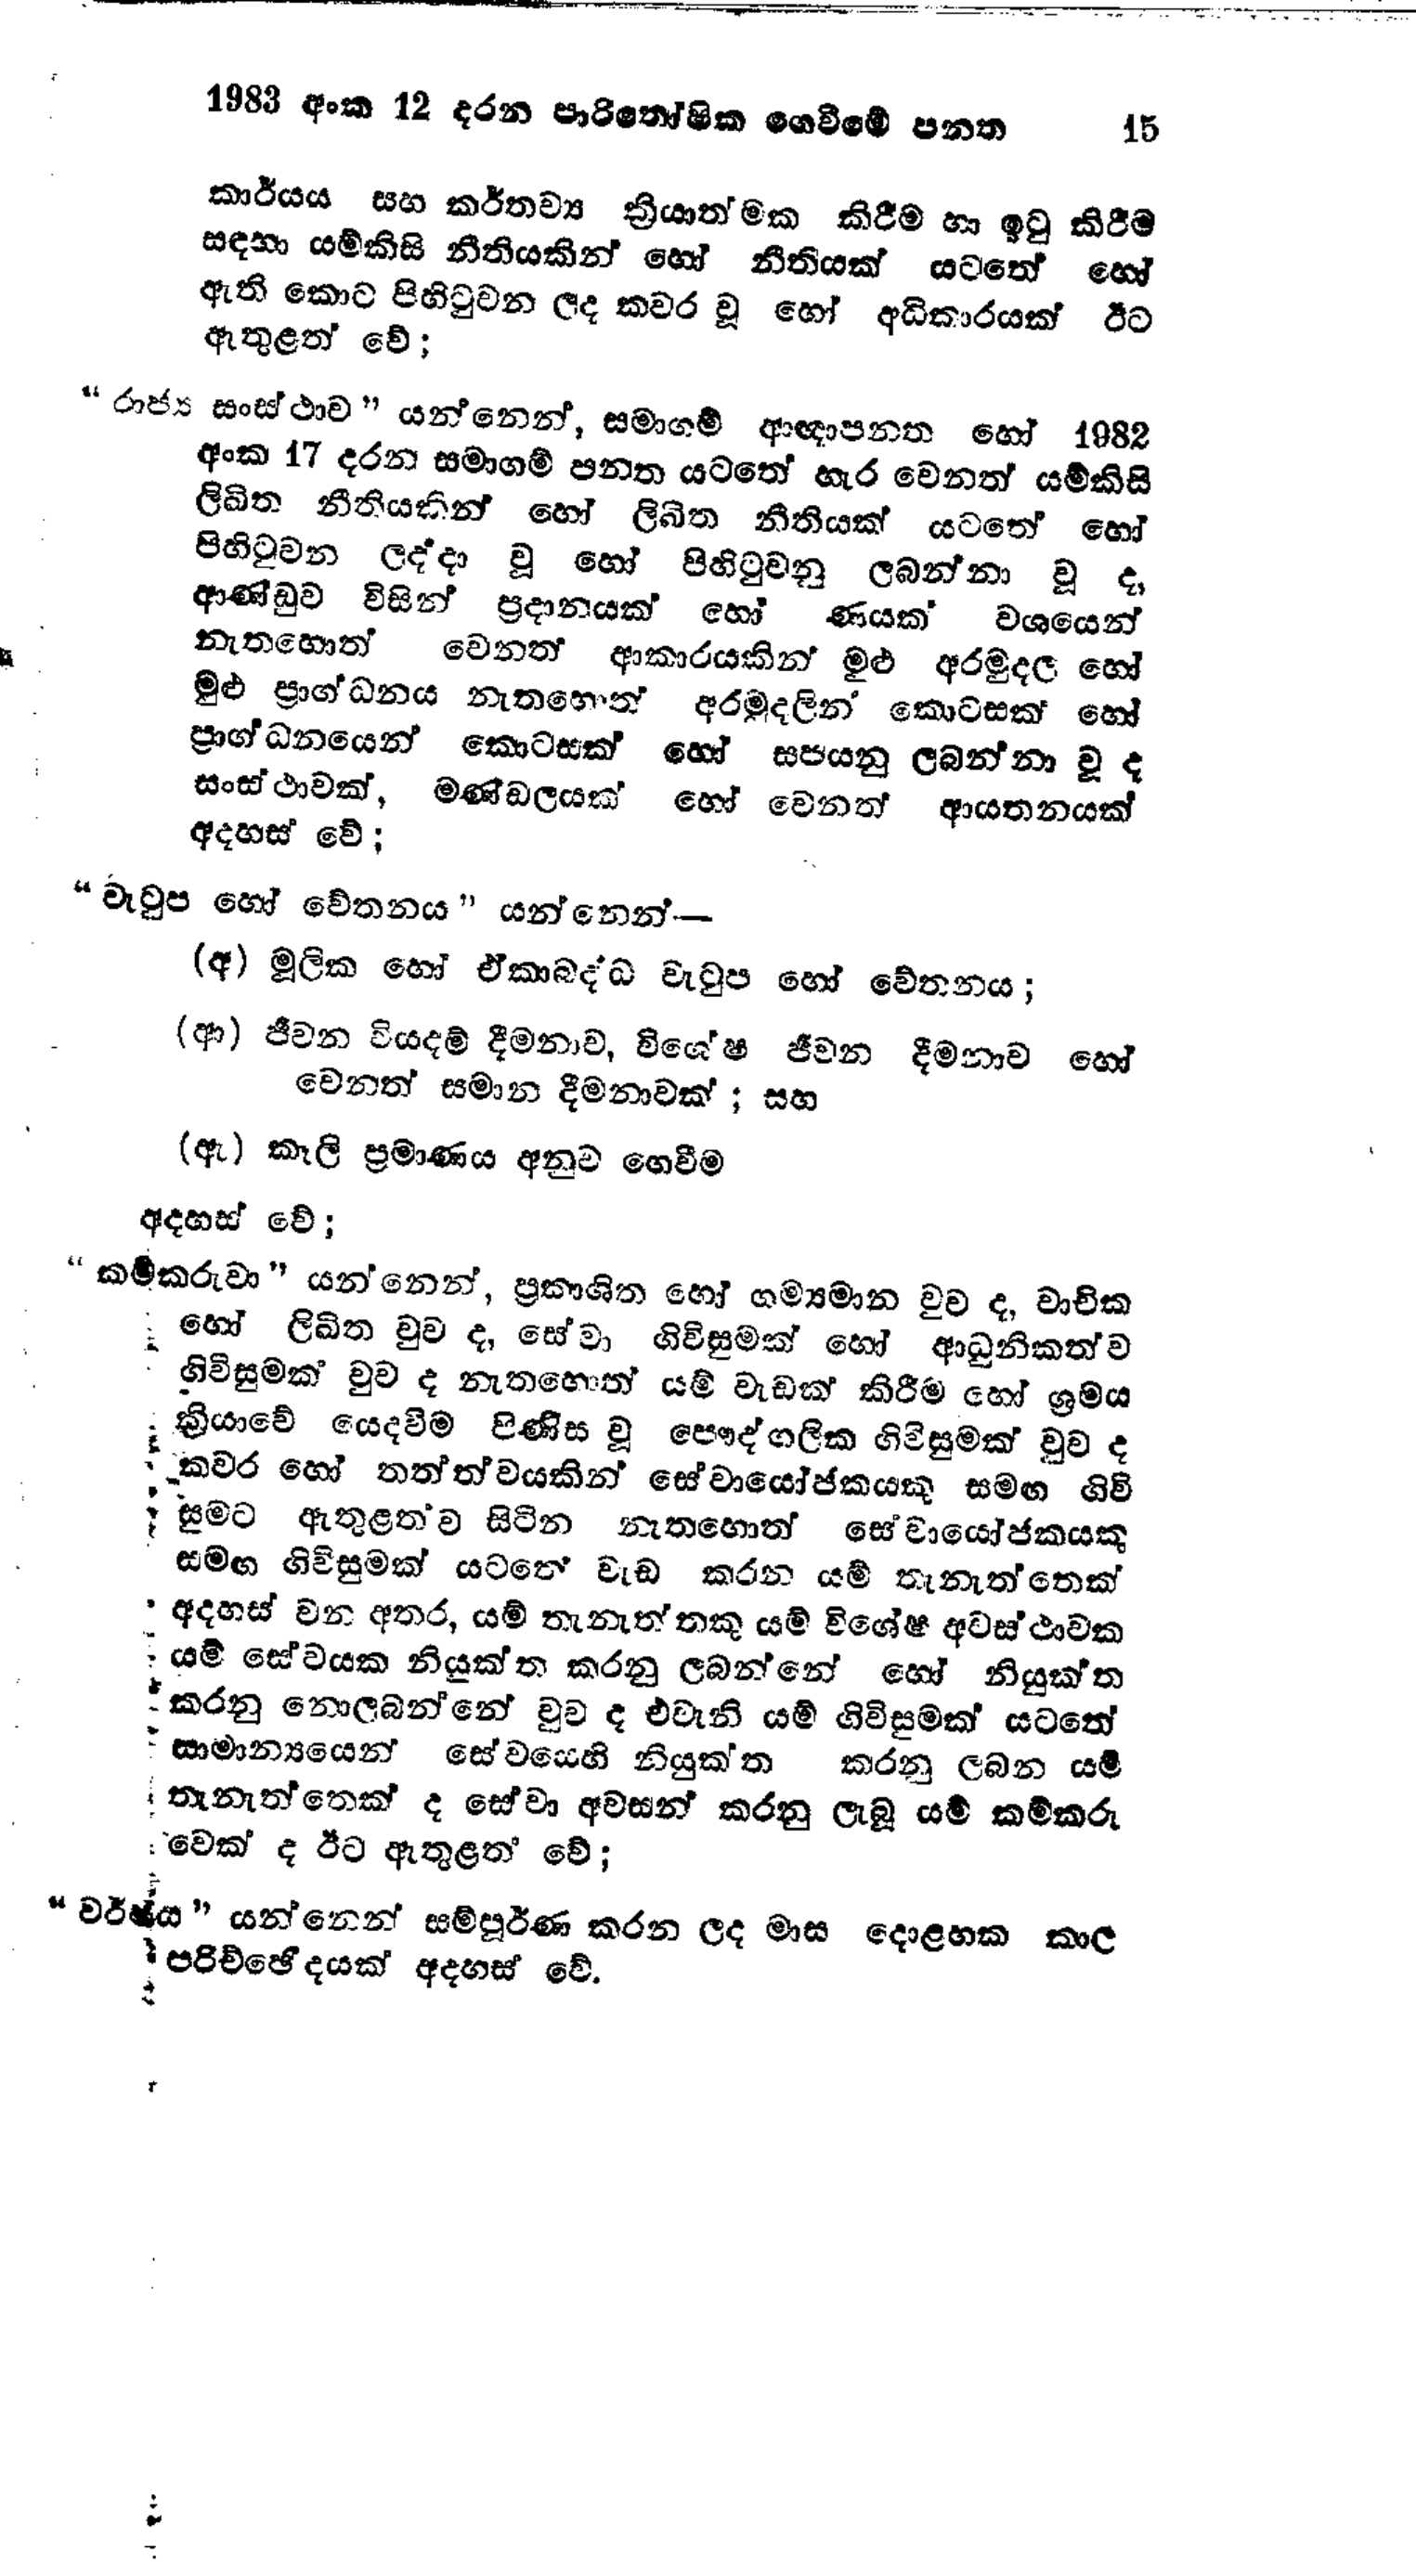
1983 අංක 12 දරන පාරිතෝෂික ගෙවීමේ පනත 15

කාර්යය සහ කර්තව්‍ය ක්‍රියාත්මක කිරීම හා ඉටු කිරීම
සඳහා යම්කිසි නීතියකින් හෝ නීතියක් යටතේ හෝ
ඇති කොට පිහිටුවන ලද කවර වූ හෝ අධිකාරයක් ඊට
ඇතුළත් වේ;

“රාජ්‍ය සංස්ථාව " යන්නෙන්, සමාගම් ආඥාපනත හෝ 1982
අංක 17 දරන සමාගම් පනත යටතේ හැර වෙනත් යම්කිසි
ලිඛිත නීතියකින් හෝ ලිඛිත නීතියක් යටතේ හෝ
පිහිටුවන ලද්දා වූ හෝ පිහිටුවනු ලබන්නා වූ ද,
ආණ්ඩුව විසින් ප්‍රදානයක් හෝ ණයක වශයෙන්
නැතහොත් වෙනත් ආකාරයකින් මුළු අරමුදල හෝ
මුළු ප්‍රාග්ධනය නැතහොත් අරමුදලින් කොටසක් හෝ
ප්‍රාග්ධනයෙන් කොටසක් හෝ සපයනු ලබන්නා වූ ද
සංස්ථාවක්, මණ්ඩලයක් හෝ වෙනත් ආයතනයක්
අදහස් වේ;

"වැටුප හෝ චේතනය " යන්නෙන්:-

(අ) මූලික හෝ ඒකාබද්ධ වැටුප හෝ වේතනය;

(ආ) ජීවන වියදම් දීමනාව, විශේෂ ජීවන දීමනාව හෝ
වෙනත් සමාන දීමනාවක්; සහ

(ඇ) කෑලි ප්‍රමාණය අනුව ගෙවීම
අදහස් වේ;

"කම්කරුවා " යන්නෙන්, ප්‍රකාශිත හෝ ගම්‍යමාන වුව ද, වාචික
හෝ ලිඛිත වුව ද, සේවා ගිවිසුමක් හෝ ආධුනිකත්ව
ගිවිසුමක් වුව ද නැතහොත් යම් වැඩක් කිරීම හෝ ශ්‍රමය
ක්‍රියාවේ යෙදවීම පිණිස වූ පෞද්ගලික ගිවිසුමක් වුව ද
කවර හෝ තත්ත්වයකින් සේවායෝජකයකු සමඟ ගිවි
සුමට ඇතුළත්ව සිටින නැතහොත් සේවායෝජකයකු
සමඟ ගිවිසුමක් යටතේ වැඩ කරන යම් තැනැත්තෙක්
අදහස් වන අතර, යම් තැනැත්තකු යම් විශේෂ අවස්ථාවක
යම් සේවයක නියුක්ත කරනු ලබන්නේ හෝ නියුක්ත
කරනු නොලබන්නේ වුව ද එවැනි යම් ගිවිසුමක් යටතේ
සාමාන්‍යයෙන් සේවයෙහි නියුක්ත කරනු ලබන යම්
තැනැත්තෙක් ද සේවා අවසන් කරනු ලැබූ යම් කම්කරු
වෙක් ද ඊට ඇතුළත් වේ;

"ව‍ර්ෂය " යන්නෙන් සම්පූර්ණ කරන ලද මාස දොළහක කාල
පරිච්ඡේදයක් අදහස් වේ.